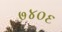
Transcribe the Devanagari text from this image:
७४०६